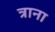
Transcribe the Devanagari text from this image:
त्राना